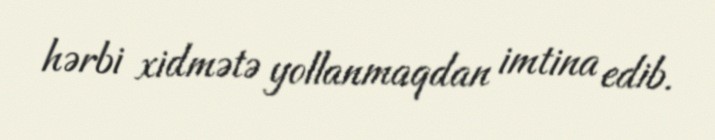
hərbi xidmətə yollanmaqdan imtina edib.